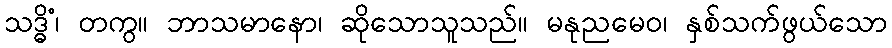
သဒ္ဓိံ၊ တကွ။ ဘာသမာနော၊ ဆိုသောသူသည်။ မနုညမေဝ၊ နှစ်သက်ဖွယ်သော